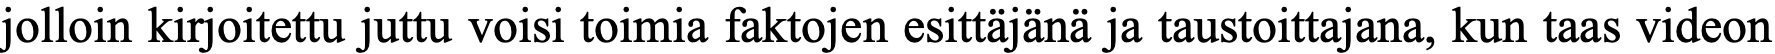
jolloin kirjoitettu juttu voisi toimia faktojen esittäjänä ja taustoittajana, kun taas videon